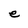
Character: e